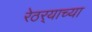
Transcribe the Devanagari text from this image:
रेठर्‍याच्या